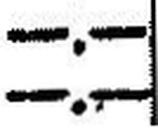
—.—